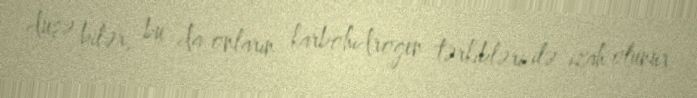
düşə bilər, bu da onların karbohidrogen tərkibləri ilə izah olunur.